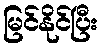
မြင်နိုင်ပြီး